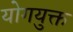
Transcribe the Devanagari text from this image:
योगयुक्त